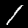
Digit: 1